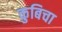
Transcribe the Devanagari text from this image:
कुबिचा